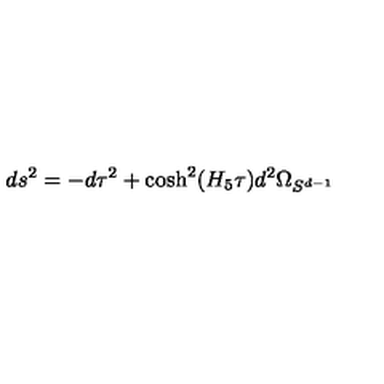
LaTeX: d s ^ { 2 } = - d \tau ^ { 2 } + \cosh ^ { 2 } ( H _ { 5 } \tau ) d ^ { 2 } \Omega _ { S ^ { d - 1 } }